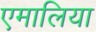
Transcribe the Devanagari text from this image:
एमालिया